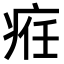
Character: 𤶄